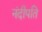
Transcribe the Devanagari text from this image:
नंदीपति